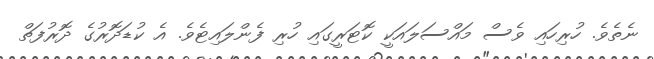
ނެތެވެ. ހުރިހައި ވެސް މައްސަލައަކީ ކޮޓަރީގައި ހުރި ފެންލައިޓެވެ. އެ ކުޑަދޮރުގެ ދޮރުފަތް